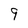
Character: 9